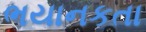
ભયાનકતા